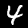
Digit: 4